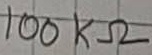
Text: 100KΩ